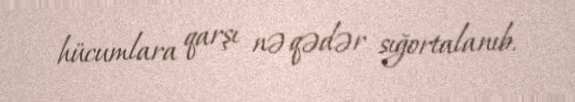
hücumlara qarşı nə qədər sığortalanıb.